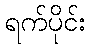
ရက်ပိုင်း